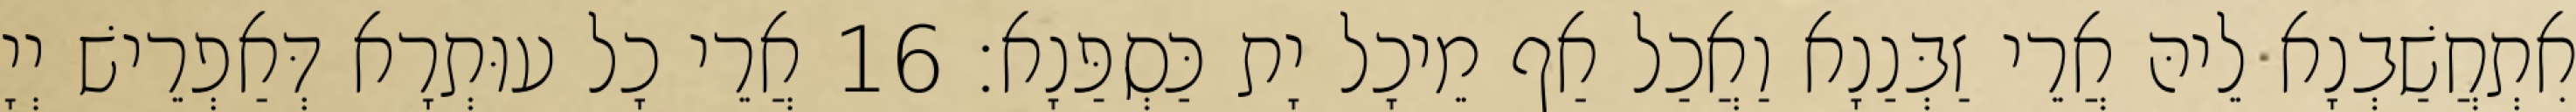
אִתְחֲשַׁבְנָא לֵיהּ אֲרֵי זַבְּנַנָא וַאֲכַל אַף מֵיכָל יָת כַּסְפַּנָא׃ 16 אֲרֵי כָל עוּתְרָא דְּאַפְרֵישׁ יְיָ